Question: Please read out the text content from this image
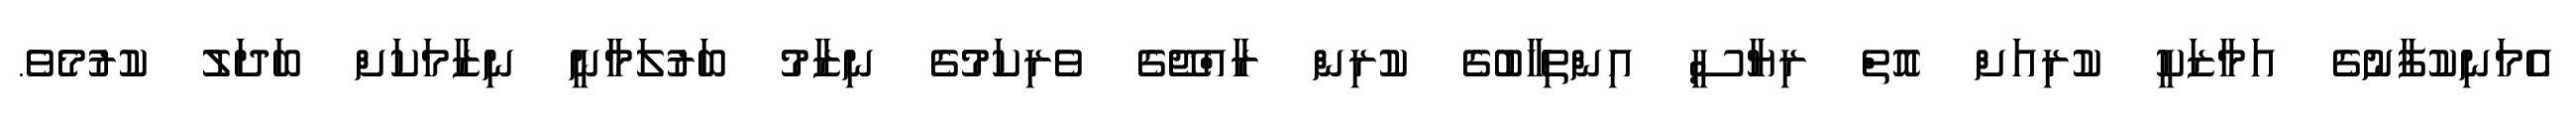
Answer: އެމަނިކުފާނުގެ އަމާޒަކީ ކުރިއަށް އޮތް ރިޔާސީ އިންތިހާބުގެ ކުރިން ރާއްޖޭގެ ވެރިކަމުގެ ނިޒާމު ބަރުލަމާނީ ނިޒާމަކަށް ބަދަލު ކުރުމެވެ.